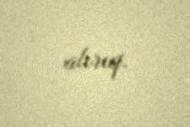
alırıq.